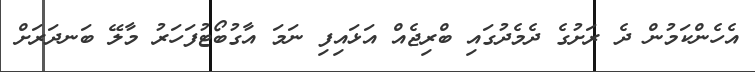
އެހެންކަމުން ދެ ރަށުގެ ދެމެދުގައި ބްރިޖެއް އަޅައިފި ނަމަ އާގުބޯޓުފަހަރު މާލޭ ބަނދަރަށް